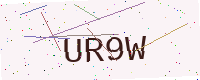
Text: UR9W